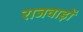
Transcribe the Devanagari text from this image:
राजवाड़ों